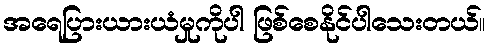
အရေပြားယားယံမှုကိုပါ ဖြစ်စေနိုင်ပါသေးတယ်။